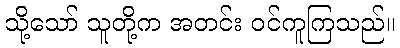
သို့သော် သူတို့က အတင်း ဝင်ကူကြသည်။